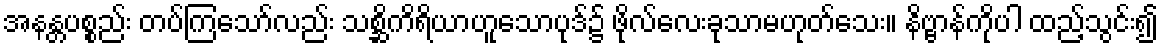
အနန္တပစ္စည်း တပ်ကြသော်လည်း သစ္ဆိကိရိယာဟူသောပုဒ်၌ ဖိုလ်လေးခုသာမဟုတ်သေး။ နိဗ္ဗာန်ကိုပါ ထည့်သွင်း၍